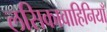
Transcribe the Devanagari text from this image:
लसिकावाहिनियाँ